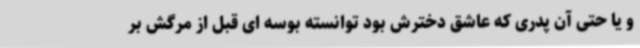
و یا حتی آن پدری که عاشق دخترش بود توانسته بوسه ای قبل از مرگش بر